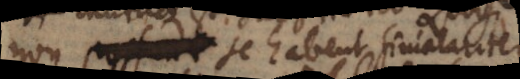
non se habent similariter,